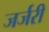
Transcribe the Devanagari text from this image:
जर्जरी